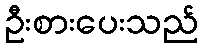
ဦးစားပေးသည်